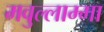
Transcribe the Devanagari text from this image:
मवुल्लाम्मा